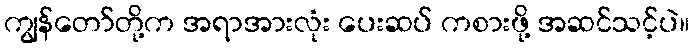
ကျွန်တော်တို့က အရာအားလုံး ပေးဆပ် ကစားဖို့ အဆင်သင့်ပဲ။